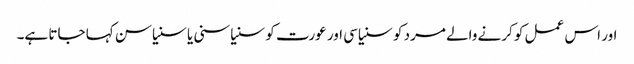
اور اس عمل کو کرنے والے مرد کو سنیاسی اور عورت کو سنیاسنی یا سنیاسن کہا جاتا ہے۔